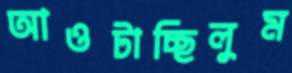
আওটাচ্ছিলুম